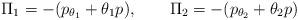
LaTeX: \begin{align*}\Pi_{1} = - (p_{\theta_{1}} + \theta_{1} p),\qquad \Pi_{2} = -(p_{\theta_{2}} + \theta_{2} p)\end{align*}